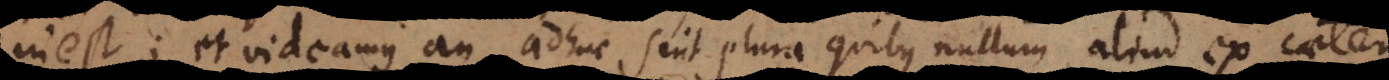
inest; et videamus an adhuc sint plura quibus nullum aliud ex caeteris